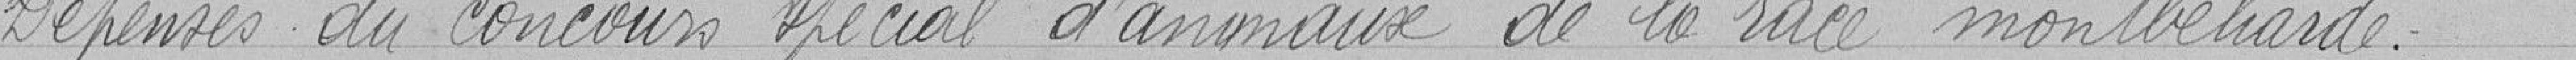
Dépenses du concours spécial d'animaux de la rue Montbéliarde